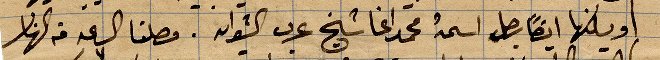
ويسكنها ايضًا رجل اسمه محمد آغا شيخ عرب الشوايه. وصلنا الساعة من النهار